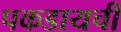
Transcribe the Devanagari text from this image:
पकडायची